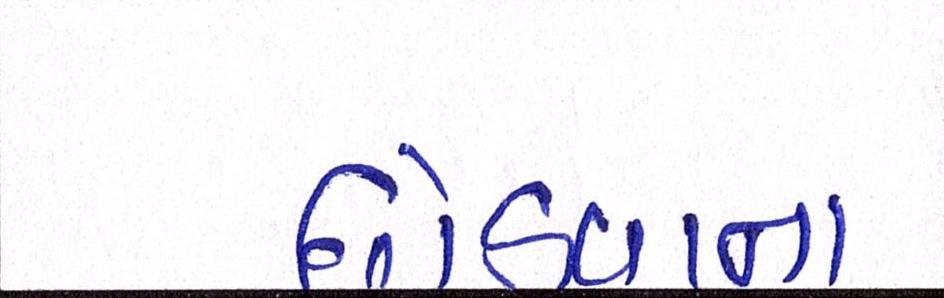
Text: છોડવાના